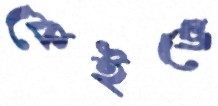
কেইভে